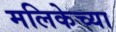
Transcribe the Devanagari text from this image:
मलिकेच्या